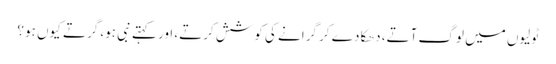
ٹولیوں میں لوگ آتے، دھکا دے کر گرانے کی کوشش کرتے، اور کہتے نبی ہو، گرتے کیوں ہو؟